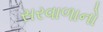
સરવાળાનો